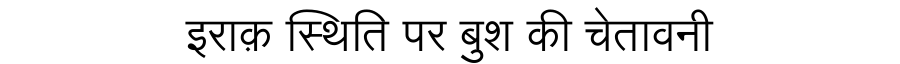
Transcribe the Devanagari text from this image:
इराक़ स्थिति पर बुश की चेतावनी